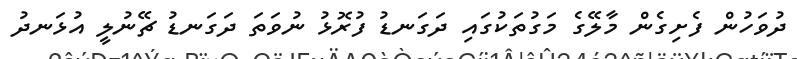
ދުވަހުން ފެށިގެން މާލޭގެ މަގުތަކުގައި ދަގަނޑު ފުރޮޅު ނުވަތަ ދަގަނޑު ޗޭނުލީ އުޅަނދު